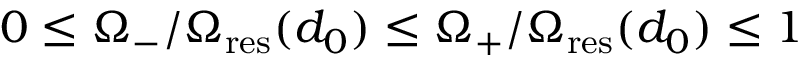
0 \leq \Omega _ { - } / \Omega _ { \mathrm { r e s } } ( d _ { 0 } ) \leq \Omega _ { + } / \Omega _ { \mathrm { r e s } } ( d _ { 0 } ) \leq 1